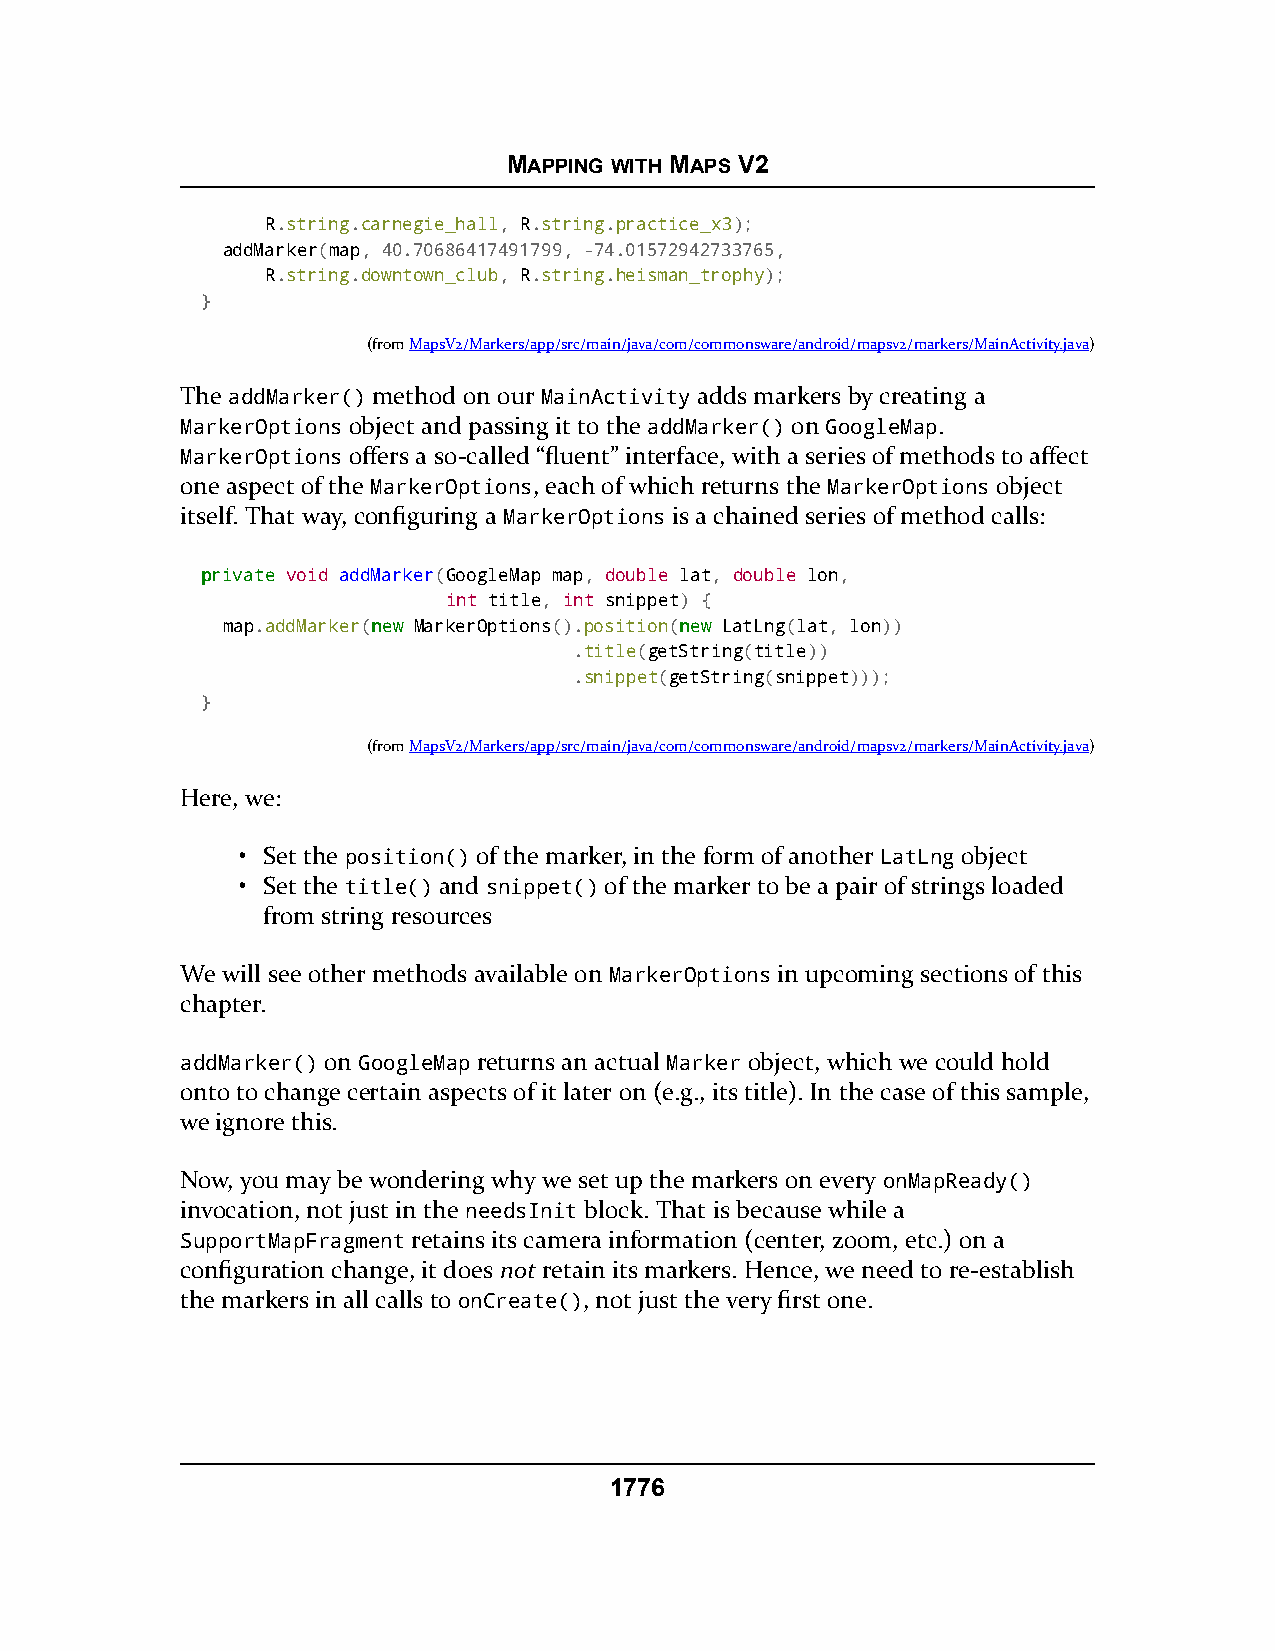
MAPPING WITH MAPS V2
 R.string.carnegie_hall, R.string.practice_x3);
 addMarker(map, 40.70686417491799, -74.01572942733765,
 R.string.downtown_club, R.string.heisman_trophy);
 }
 (fromMapsV2/Markers/app/src/main/java/com/commonsware/android/mapsv2/markers/MainActivity.java)
 The addMarker() method on our MainActivity adds markers by creating a
 MarkerOptions object and passing it to the addMarker() on GoogleMap.
 MarkerOptions offers a so-called “fluent” interface, with a series of methods to affect
 one aspect of the MarkerOptions, each of which returns the MarkerOptions object
 itself. That way, configuring a MarkerOptions is a chained series of method calls:
 pprriivvaattee void addMarker(GoogleMap map, double lat, double lon,
 int title, int snippet) {
 map.addMarker(nneeww MarkerOptions().position(nneeww LatLng(lat, lon))
 .title(getString(title))
 .snippet(getString(snippet)));
 }
 (fromMapsV2/Markers/app/src/main/java/com/commonsware/android/mapsv2/markers/MainActivity.java)
 Here, we:
 • Set the position() of the marker, in the form of another LatLng object
 • Set the title() and snippet() of the marker to be a pair of strings loaded
 from string resources
 We will see other methods available on MarkerOptions in upcoming sections of this
 chapter.
 addMarker() on GoogleMap returns an actual Marker object, which we could hold
 onto to change certain aspects of it later on (e.g., its title). In the case of this sample,
 we ignore this.
 Now, you may be wondering why we set up the markers on every onMapReady()
 invocation, not just in the needsInit block. That is because while a
 SupportMapFragment retains its camera information (center, zoom, etc.) on a
 configuration change, it does not retain its markers. Hence, we need to re-establish
 the markers in all calls to onCreate(), not just the very first one.
 1776